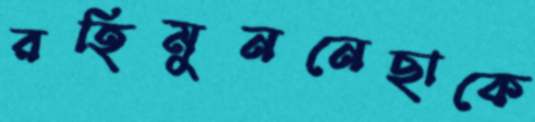
রহিমুননেছাকে